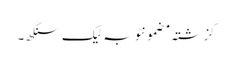
گزشتہ مضمونٹوبہ ٹیک سنگھ ۔